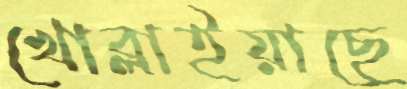
খোব্‌লাইয়াছে